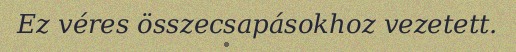
Ez véres összecsapásokhoz vezetett.